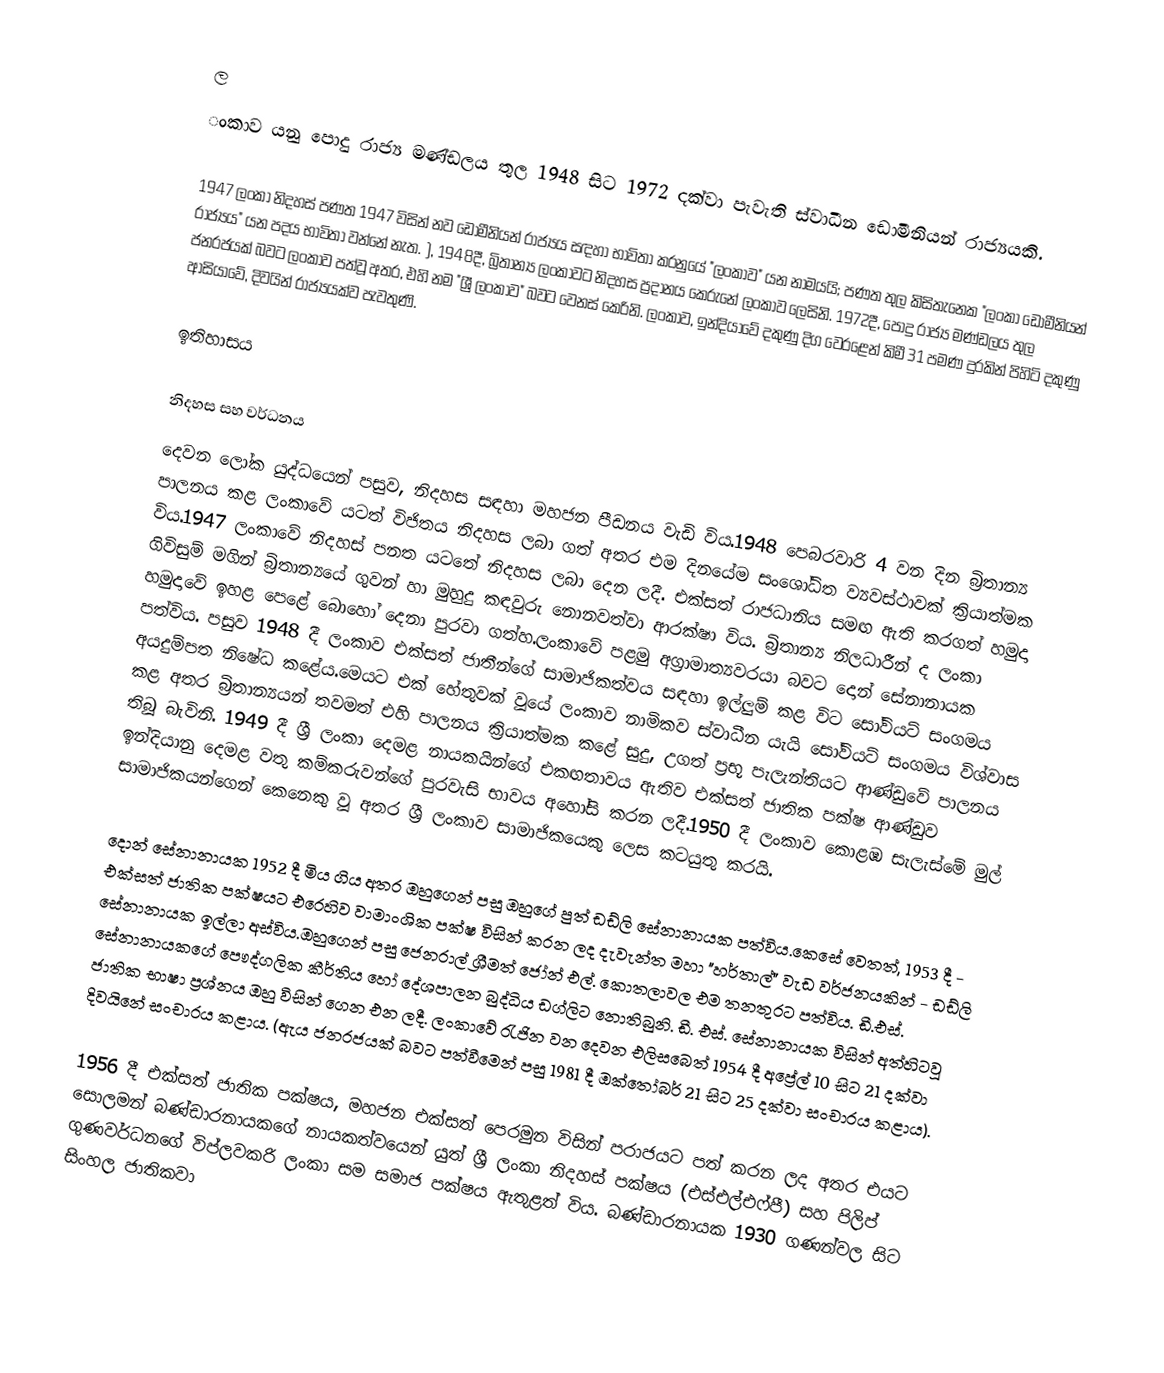
ල
ංකාව යනු  පොදු රාජ්‍ය මණ්ඩලය තුල 1948 සිට  1972 දක්වා පැවැති  ස්වාධීන  ඩොමීනියන් රාජ්‍යයකි.

1947 ලංකා නිදහස් පණත 1947 විසින් නව ඩොමීනියන් රාජ්‍යය සඳහා භාවිතා කරනුයේ "ලංකාව" යන නාමයයි;  පණත තුල කිසිතැනෙක  "ලංකා ඩොමීනියන් රාජ්‍යය" යන පදය භාවිතා වන්නේ නැත. ), 1948දී, බ්‍රිතාන්‍ය ලංකාවට නිදහස ප්‍රදානය කෙරුනේ ලංකාව ලෙසිනි. 1972දී,  පොදු රාජ්‍ය මණ්ඩලය තුල ජනරජයක් බවට ලංකාව පත්වූ අතර, එහි නම "ශ්‍රී ලංකාව" බවට වෙනස් කෙරිනි. ලංකාව,  ඉන්දියාවේ දකුණු දිග වෙරළෙන් කිමී 31 පමණ දුරකින් පිහිටි දකුණු ආසියාවේ, දිවයින් රාජ්‍යයක්ව පැවතුණි.

ඉතිහාසය

නිදහස සහ වර්ධනය
දෙවන ලෝක යුද්ධයෙන් පසුව, නිදහස සඳහා මහජන පීඩනය වැඩි විය.1948 පෙබරවාරි 4 වන දින බ්‍රිතාන්‍ය පාලනය කළ ලංකාවේ යටත් විජිතය නිදහස ලබා ගත් අතර එම දිනයේම සංශෝධිත ව්‍යවස්ථාවක් ක්‍රියාත්මක විය.1947 ලංකාවේ නිදහස් පනත යටතේ නිදහස ලබා දෙන ලදී. එක්සත් රාජධානිය සමඟ ඇති කරගත් හමුදා ගිවිසුම් මගින් බ්‍රිතාන්‍යයේ ගුවන් හා මුහුදු කඳවුරු නොනවත්වා ආරක්ෂා විය.  බ්‍රිතාන්‍ය නිලධාරීන් ද ලංකා හමුදාවේ ඉහළ පෙළේ බොහෝ දෙනා පුරවා ගත්හ.ලංකාවේ පළමු අග්‍රාමාත්‍යවරයා බවට දොන් සේනානායක පත්විය.  පසුව 1948 දී ලංකාව එක්සත් ජාතීන්ගේ සාමාජිකත්වය සඳහා ඉල්ලුම් කළ විට සෝවියට් සංගමය අයදුම්පත නිෂේධ කළේය.මෙයට එක් හේතුවක් වූයේ ලංකාව නාමිකව ස්වාධීන යැයි සෝවියට් සංගමය විශ්වාස කළ අතර බ්‍රිතාන්‍යයන් තවමත් එහි පාලනය ක්‍රියාත්මක කළේ සුදු, උගත් ප්‍රභූ පැලැන්තියට ආණ්ඩුවේ පාලනය තිබූ බැවිනි.  1949 දී ශ්‍රී ලංකා දෙමළ නායකයින්ගේ එකඟතාවය ඇතිව එක්සත් ජාතික පක්ෂ ආණ්ඩුව ඉන්දියානු දෙමළ වතු කම්කරුවන්⁣ගේ පුරවැසි භාවය අහෝසි කරන ලදී.1950 දී ලංකාව කොළඹ සැලැස්මේ මුල් සාමාජිකයන්ගෙන් කෙනෙකු වූ අතර ශ්‍රී ලංකාව සාමාජිකයෙකු ලෙස කටයුතු කරයි.

දොන් සේනානායක 1952 දී  මිය ගිය අතර ඔහුගෙන් පසු ඔහුගේ පුත් ඩඩ්ලි සේනානායක  පත්විය.කෙසේ වෙතත්, 1953 දී - එක්සත් ජාතික පක්ෂයට එරෙහිව වාමාංශික පක්ෂ විසින් කරන ලද දැවැන්ත මහා "හර්තාල්" වැඩ වර්ජනයකින් - ඩඩ්ලි සේනානායක ඉල්ලා අස්විය.ඔහුගෙන් පසු ජෙනරාල් ශ්‍රීමත් ජෝන් එල්.  කොතලාවල එම තනතුරට පත්විය. ඩී.එස්. සේනානායකගේ පෞද්ගලික කීර්තිය හෝ දේශපාලන බුද්ධිය ඩග්ලිට නොතිබුනි. ඩී. එස්. සේනානායක විසින් අත්හිටවූ ජාතික භාෂා ප්‍රශ්නය ඔහු විසින් ගෙන එන ලදී.  ලංකාවේ රැජින වන දෙවන එලිසබෙත් 1954 දී අප්‍රේල් 10 සිට 21 දක්වා දිවයිනේ සංචාරය කළාය. (ඇය ජනරජයක් බවට පත්වීමෙන් පසු 1981 දී ඔක්තෝබර් 21 සිට 25 දක්වා සංචාරය කළාය).

1956 දී එක්සත් ජාතික පක්ෂය, මහජන එක්සත් පෙරමුන විසින් පරාජයට පත් කරන ලද අතර එයට සොලමන් බණ්ඩාරනායකගේ නායකත්වයෙන් යුත් ශ්‍රී ලංකා නිදහස් පක්ෂය (එස්එල්එෆ්පී) සහ පිලිප් ගුණවර්ධනගේ විප්ලවකරි ලංකා සම සමාජ පක්ෂය ඇතුළත් විය.  බණ්ඩාරනායක 1930 ගණන්වල සිට සිංහල ජාතිකවා